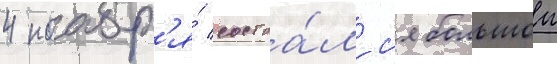
4 ноабр'я́ состоа́лс'я большои